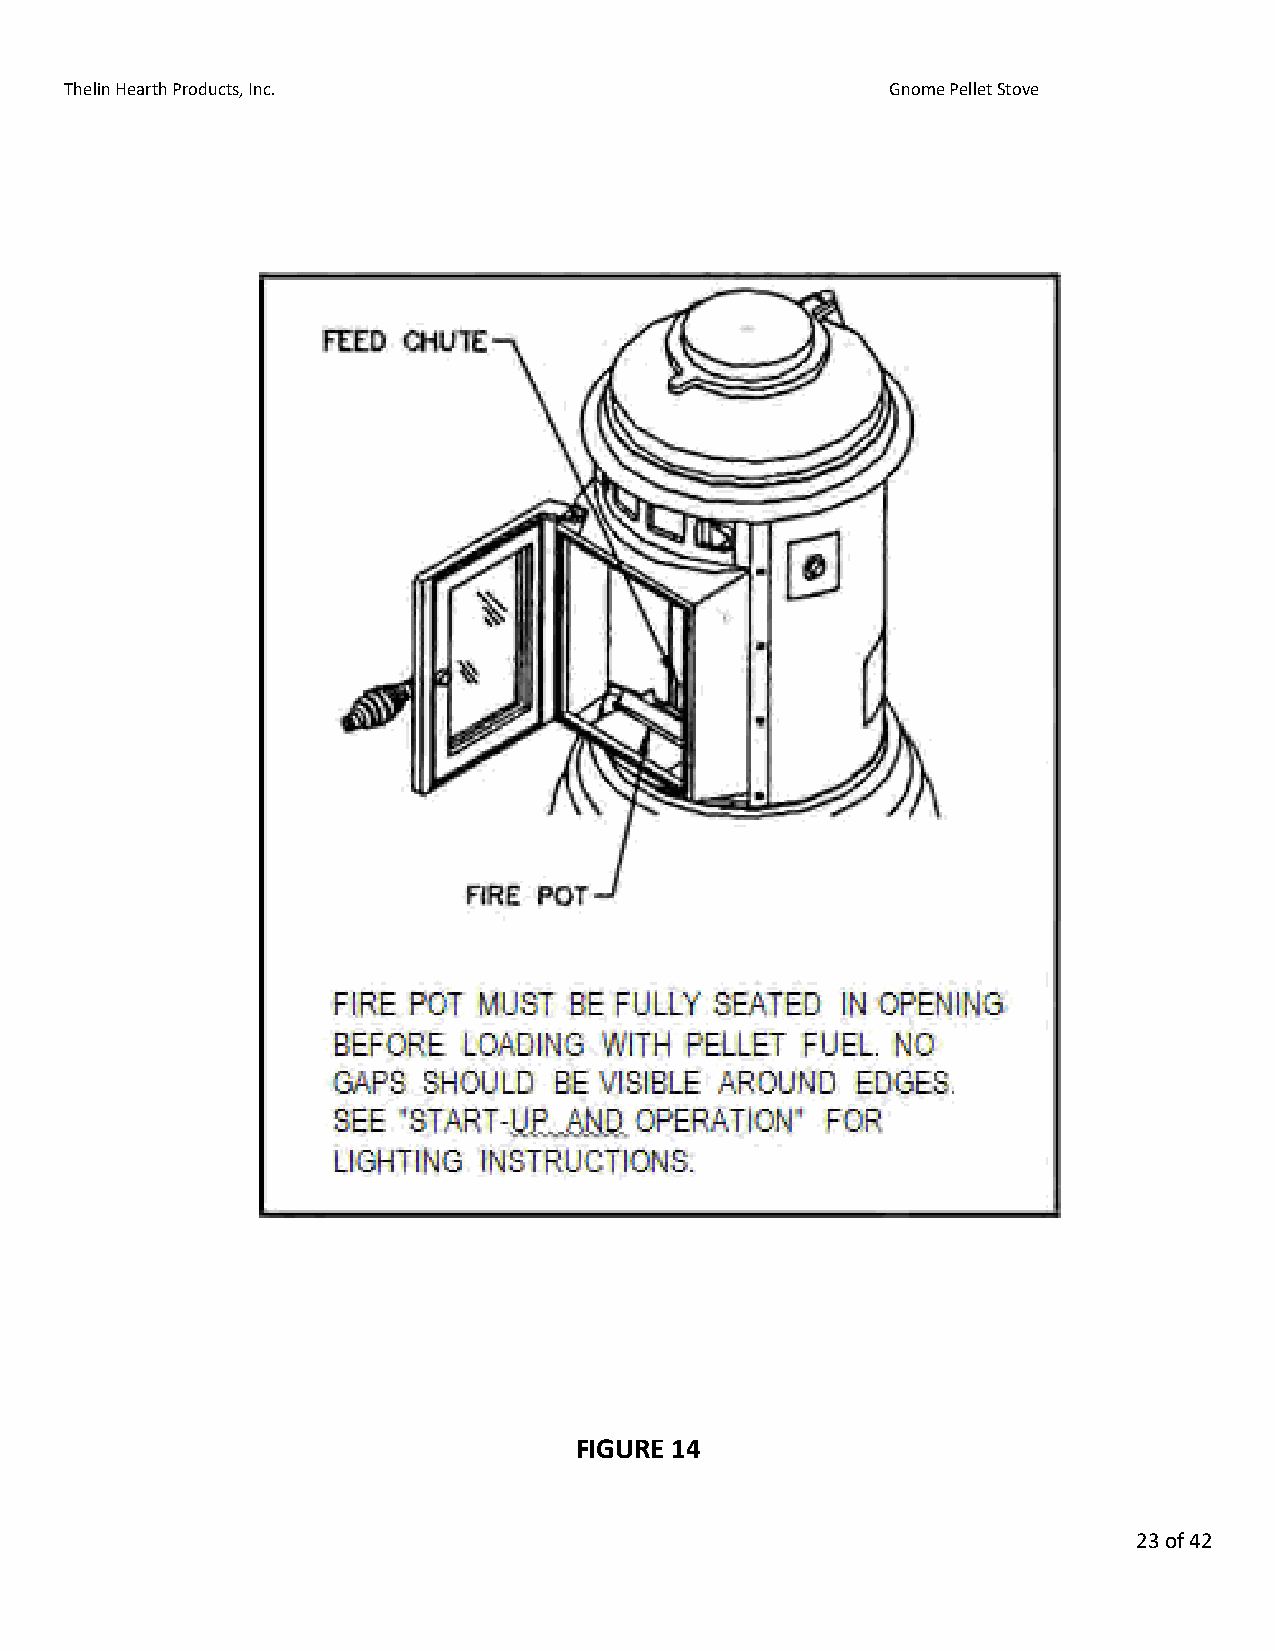
Thelin Hearth Products, Inc.                           Gnome Pellet Stove
 FIGURE 14
 23 of 42